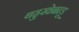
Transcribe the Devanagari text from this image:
बहुखेळाडू